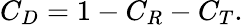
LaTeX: C_{D}=1-C_{R}-C_{T}.